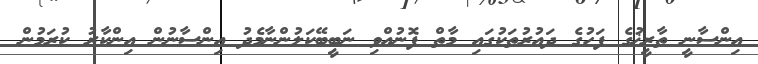
އިންސާނީ ތާރީޚުގެ ފަހުގެ ދައުރުތަކުގައި މާތް ފޮނުއްވި ނަބީބޭކަލުންނާމެދު އިންސާނުން އިންކާރު ކުރަމުން